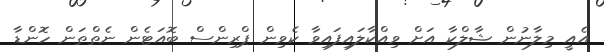
އެއީ މިލާނުން ޝާލްކާ އަށް ވިއްކާލައިފައިވާ ކެވިން ޕްރިންސް ބޮއަޓެން ނެތްތަން ހޮންޑާ